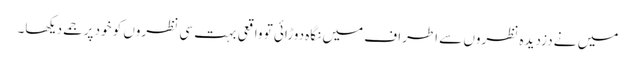
میں نے دزدیدہ نظروں سے اطراف میں نگاہ دوڑائی تو واقعی بہت سی نظروں کو خود پر جمے دیکھا۔